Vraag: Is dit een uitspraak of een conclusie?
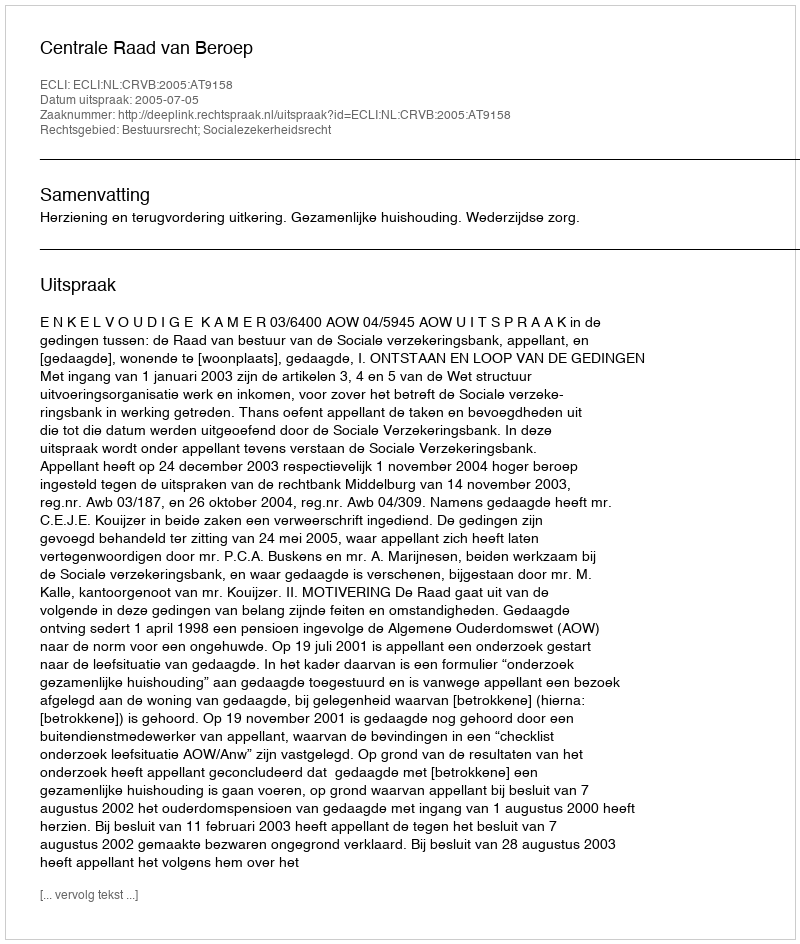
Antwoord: Uitspraak